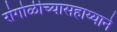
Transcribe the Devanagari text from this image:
रांगोळीच्यासहाय्याने